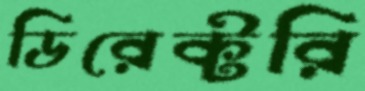
ডিরেক্টরি